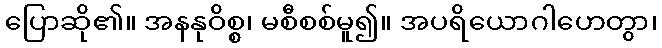
ပြောဆို၏။ အနနုဝိစ္စ၊ မစီစစ်မူ၍။ အပရိယောဂါဟေတွာ၊